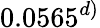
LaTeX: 0.0565^{d)}